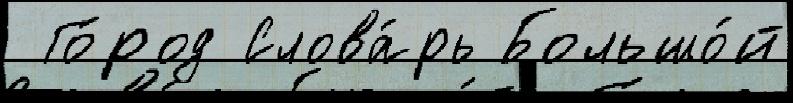
 Го́род Слова́рь Большо́й